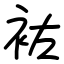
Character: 袏